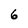
Character: 6